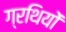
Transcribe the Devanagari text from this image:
ग्रथियों